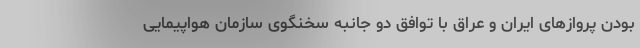
بودن پروازهای ایران و عراق با توافق دو جانبه سخنگوی سازمان هواپیمایی